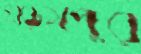
খড়মপুর